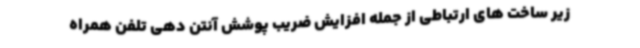
زیر ساخت های ارتباطی از جمله افزایش ضریب پوشش آنتن دهی تلفن همراه